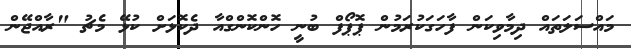
މައްސަލަތައް ދިމާވިކަން ފާހަގަކުރަމުން ޕޮޕޯފް ބުނީ ހޮންކޮންގްއާ ދެކޮޅަށް ކުޅޭ މެޗު "ރާއްޖޭން